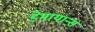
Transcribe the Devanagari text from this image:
डेमायान्स